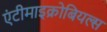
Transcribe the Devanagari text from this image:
एंटीमाइक्रोबियल्स